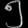
Digit: ၅